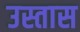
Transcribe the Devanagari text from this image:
उस्तास